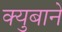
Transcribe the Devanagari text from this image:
क्युबाने